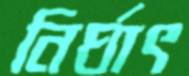
নির্ঘাৎ